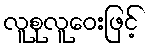
လူစုလူဝေးဖြင့်